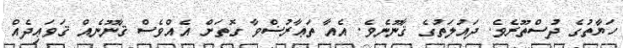
ހަޔާތުގެ ދުސްތޫރެވެ. ދައުލަތުގެ ޤާނޫނެވެ. އެއާ ތަޢާރުޟްވާ ގޮތަށް އެއްވެސް ޤާނޫނެއް ޤަވަޢިދެއް